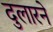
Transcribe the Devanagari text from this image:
दुलारने